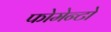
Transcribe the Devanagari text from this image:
फोमेन्टो